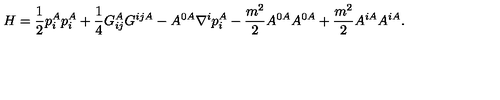
H = \frac { 1 } { 2 } p _ { i } ^ { A } p _ { i } ^ { A } + \frac { 1 } { 4 } G _ { i j } ^ { A } G ^ { i j A } - A ^ { 0 A } \nabla ^ { i } p _ { i } ^ { A } - \frac { m ^ { 2 } } { 2 } A ^ { 0 A } A ^ { 0 A } + \frac { m ^ { 2 } } { 2 } A ^ { i A } A ^ { i A } .